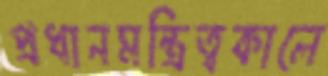
প্রধানমন্ত্রিত্বকালে